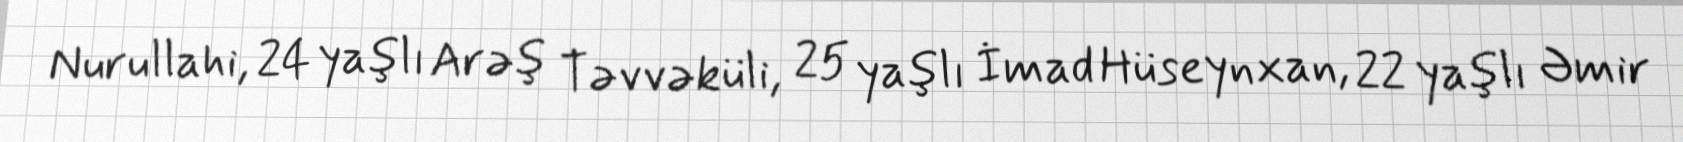
Nurullahi, 24 yaşlı Arəş Təvvəküli, 25 yaşlı İmad Hüseynxan, 22 yaşlı Əmir